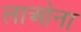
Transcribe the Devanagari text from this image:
लाओना